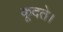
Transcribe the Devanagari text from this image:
कूदते।